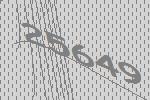
25649